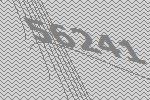
56241